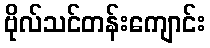
ဗိုလ်သင်တန်းကျောင်း